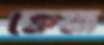
ক্ষেমা